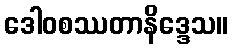
ဒေါဝစဿတာနိဒ္ဒေသ။